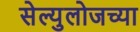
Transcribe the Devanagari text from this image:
सेल्युलोजच्या